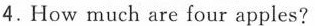
4.How much are four apples?